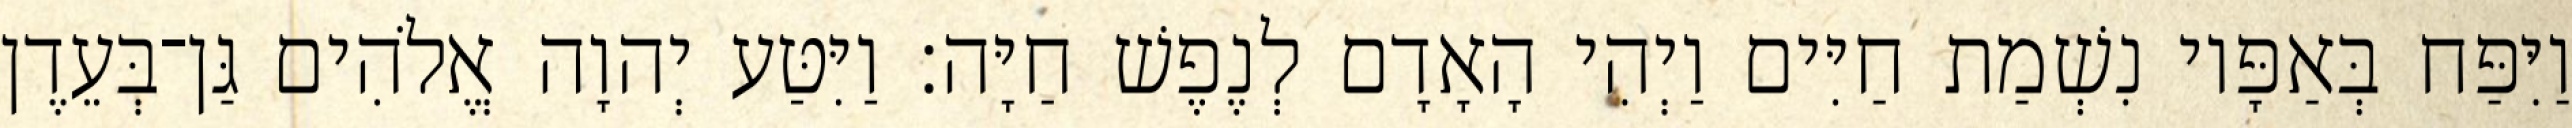
וַיִּפַּח בְּאַפָּיו נִשְׁמַת חַיִּים וַיְהִי הָאָדָם לְנֶפֶשׁ חַיָּה׃ וַיִּטַּע יְהוָה אֱלֹהִים גַּן־בְּעֵדֶן